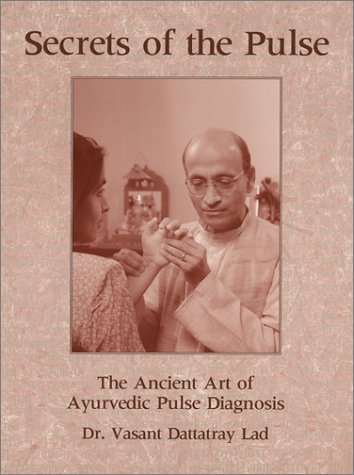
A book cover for Secrets of the Pulse; Vasant Lad; Health, Fitness & Dieting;